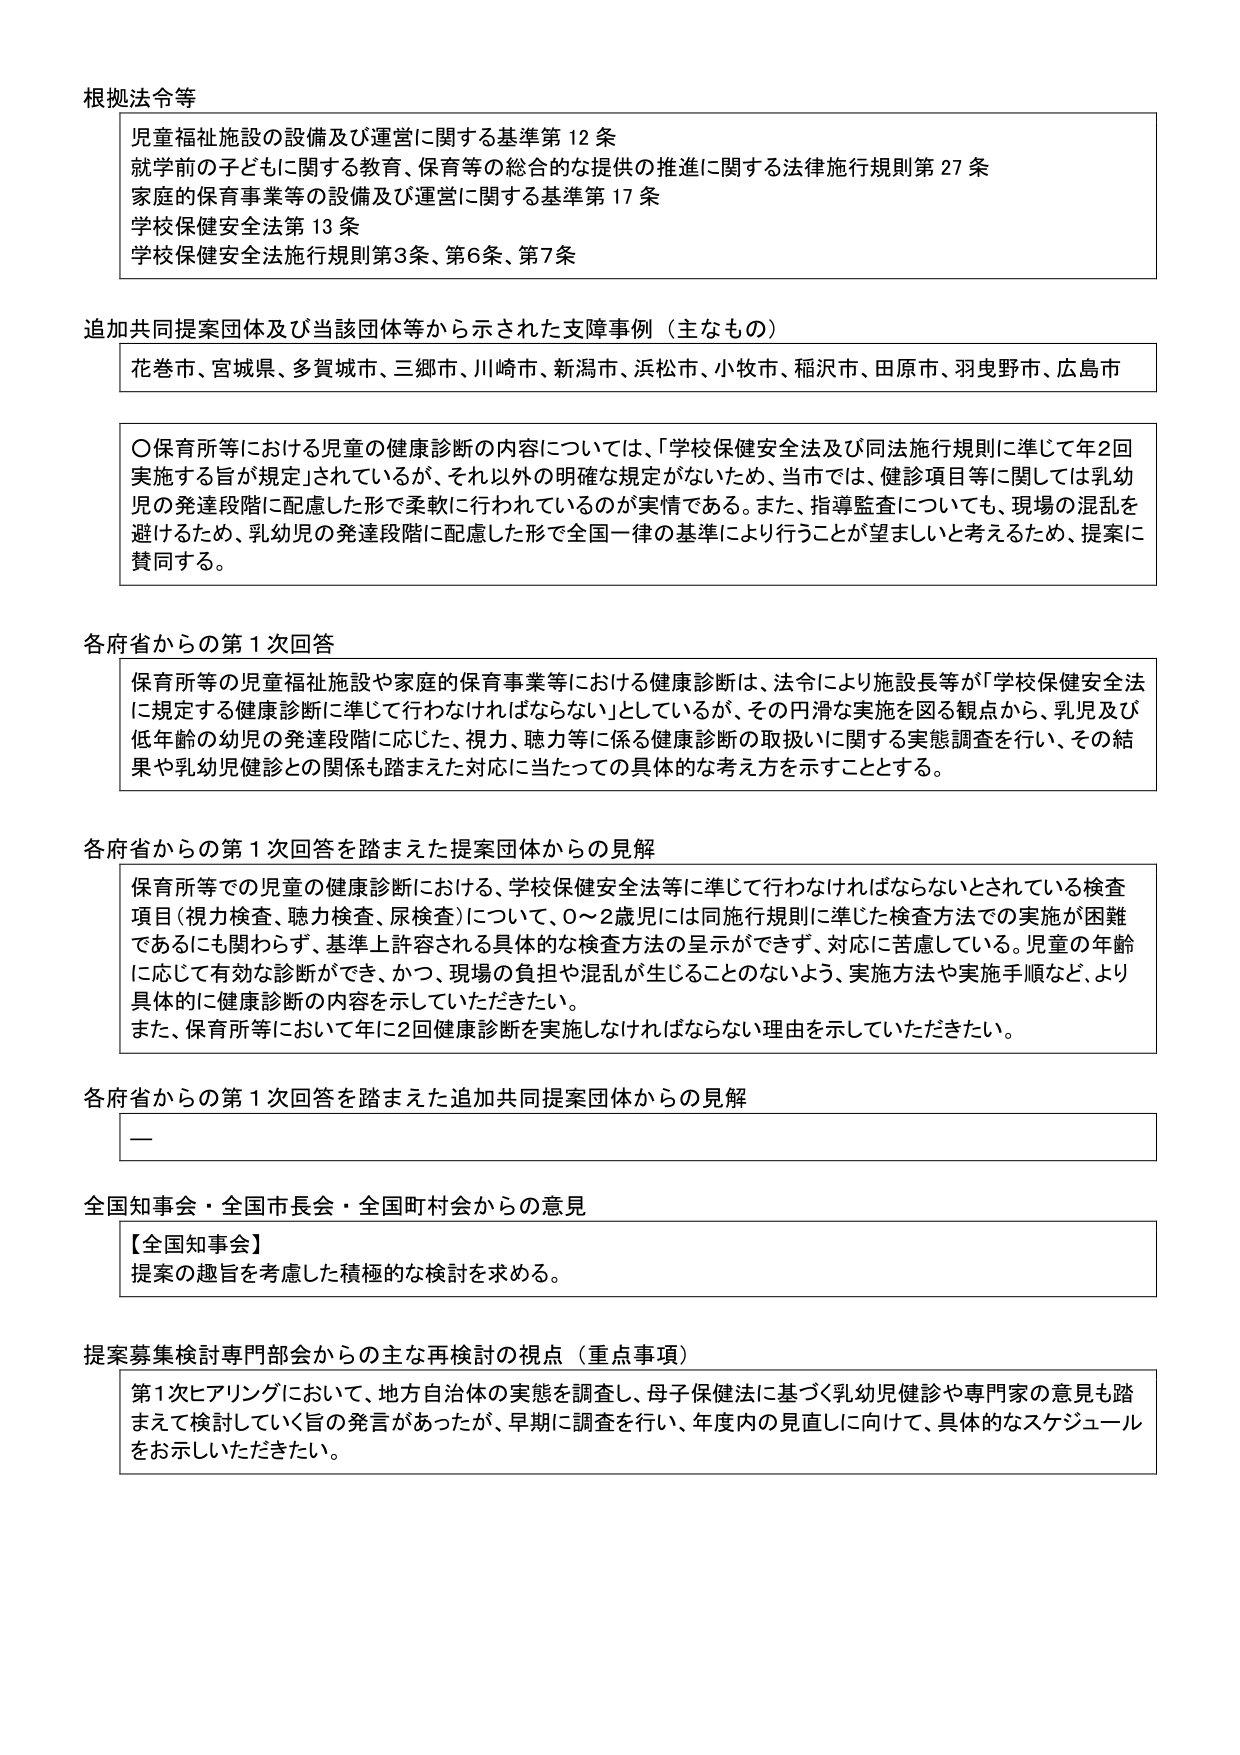
根拠法令等
児童福祉施設の設備及び運営に関する基準第12条
就学前の子どもに関する教育、保育等の総合的な提供の推進に関する法律施行規則第27条
家庭の保育事業等の設備及び運営に関する基準第17条
学校保健安全法第13条
学校保健安全法施行規則第3条、第6条、第7条

追加共同提案団体及び当該団体等から示された支障事例（主なもの）
花巻市、宮城県、多賀城市、三郷市、川崎市、新潟市、浜松市、小牧市、稲沢市、田原市、羽曳野市、広島市

〇保育所等における児童の健康診断の内容については、「学校保健安全法及び同法施行規則に準じて年2回実施する旨が規定」されているが、それ以外の明確な規定がないため、当市では、健診項目等に関しては乳幼児の発達段階に配慮した形で柔軟に行われているのが実情である。また、指導監査についても、現場の混乱を避けるため、乳幼児の発達段階に配慮した形で全国一律の基準により行うことが望ましいと考えるため、提案に賛同する。

各府省からの第1次回答
保育所等の児童福祉施設や家庭の保育事業等における健康診断は、法令により施設長等が「学校保健安全法に規定する健康診断に準じて行わなければならない」としているが、その円滑な実施を図る観点から、乳児及び低年齢の幼児の発達段階に応じた、視力、聴力等に係る健康診断の取扱いに関する実態調査を行い、その結果や乳幼児健診との関係も踏まえた対応に当たっての具体的な考え方を示すこととする。

各府省からの第1次回答を踏まえた提案団体からの見解
保育所等での児童の健康診断における、学校保健安全法等に準じて行わなければならないとされている検査項目（視力検査、聴力検査、尿検査）について、0～2歳児には同施行規則に準じた検査方法での実施が困難であるにも関わらず、基準上許容される具体的な検査方法の呈示ができず、対応に苦慮している。児童の年齢に応じて有効な診断ができ、かつ、現場の負担や混乱が生じることのないよう、実施方法や実施手順など、より具体的に健康診断の内容を示していただきたい。
また、保育所等において年に2回健康診断を実施しなければならない理由を示していただきたい。

各府省からの第1次回答を踏まえた追加共同提案団体からの見解
一

全国知事会・全国市長会・全国町村会からの意見
【全国知事会】
提案の趣旨を考慮した積極的な検討を求める。

提案募集検討専門部会からの主な再検討の視点（重点事項）
第1次ヒアリングにおいて、地方自治体の実態を調査し、母子保健法に基づく乳幼児健診や専門家の意見も踏まえて検討していく旨の発言があったが、早期に調査を行い、年度内の見直しに向けて、具体的なスケジュールを示していただきたい。